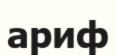
ариф